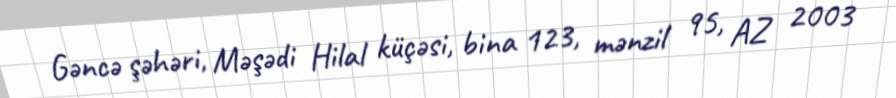
Gəncə şəhəri, Məşədi Hilal küçəsi, bina 123, mənzil 95, AZ 2003